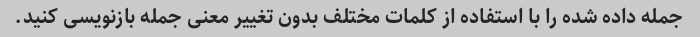
جمله داده شده را با استفاده از کلمات مختلف بدون تغییر معنی جمله بازنویسی کنید.